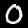
Digit: 0